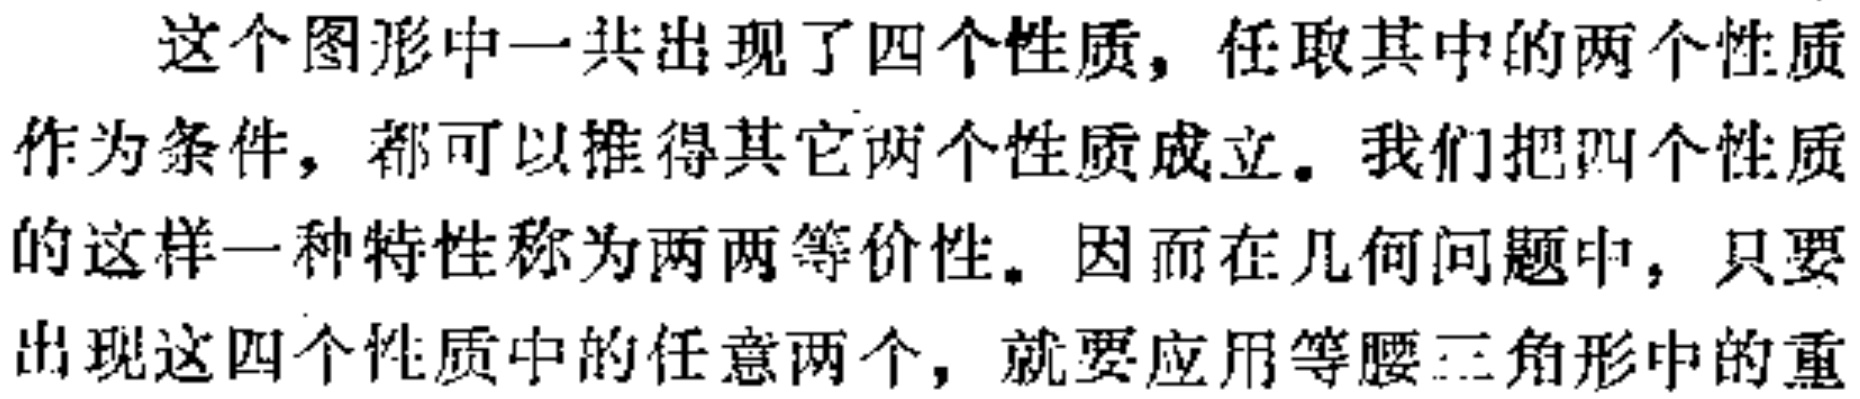
这个图形中一共出现了四个性质，任取其中的两个性质作为条件，都可以推得其它两个性质成立。我们把四个性质的这样一种特性称为两两等价性。因而在几何问题中，只要出现这四个性质中的任意两个，就要应用等腰三角形中的重